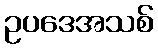
ဥပဒေအသစ်